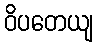
ဝိပတေယျ